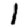
Digit: 1